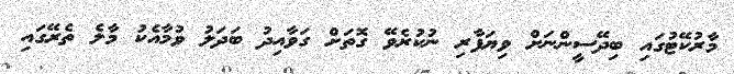
މާރުކޭޓުގައި ބިދޭސީންނަށް ވިޔަފާރި ނުކުރެވޭ ގޮތަށް ގަވާއިދު ބަދަލު ވުމާއެކު މާލެ ތެރޭގައި